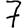
Digit: 7